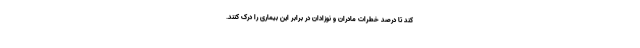
کند تا درصد خطرات مادران و نوزادان در برابر این بیماری را درک کنند.